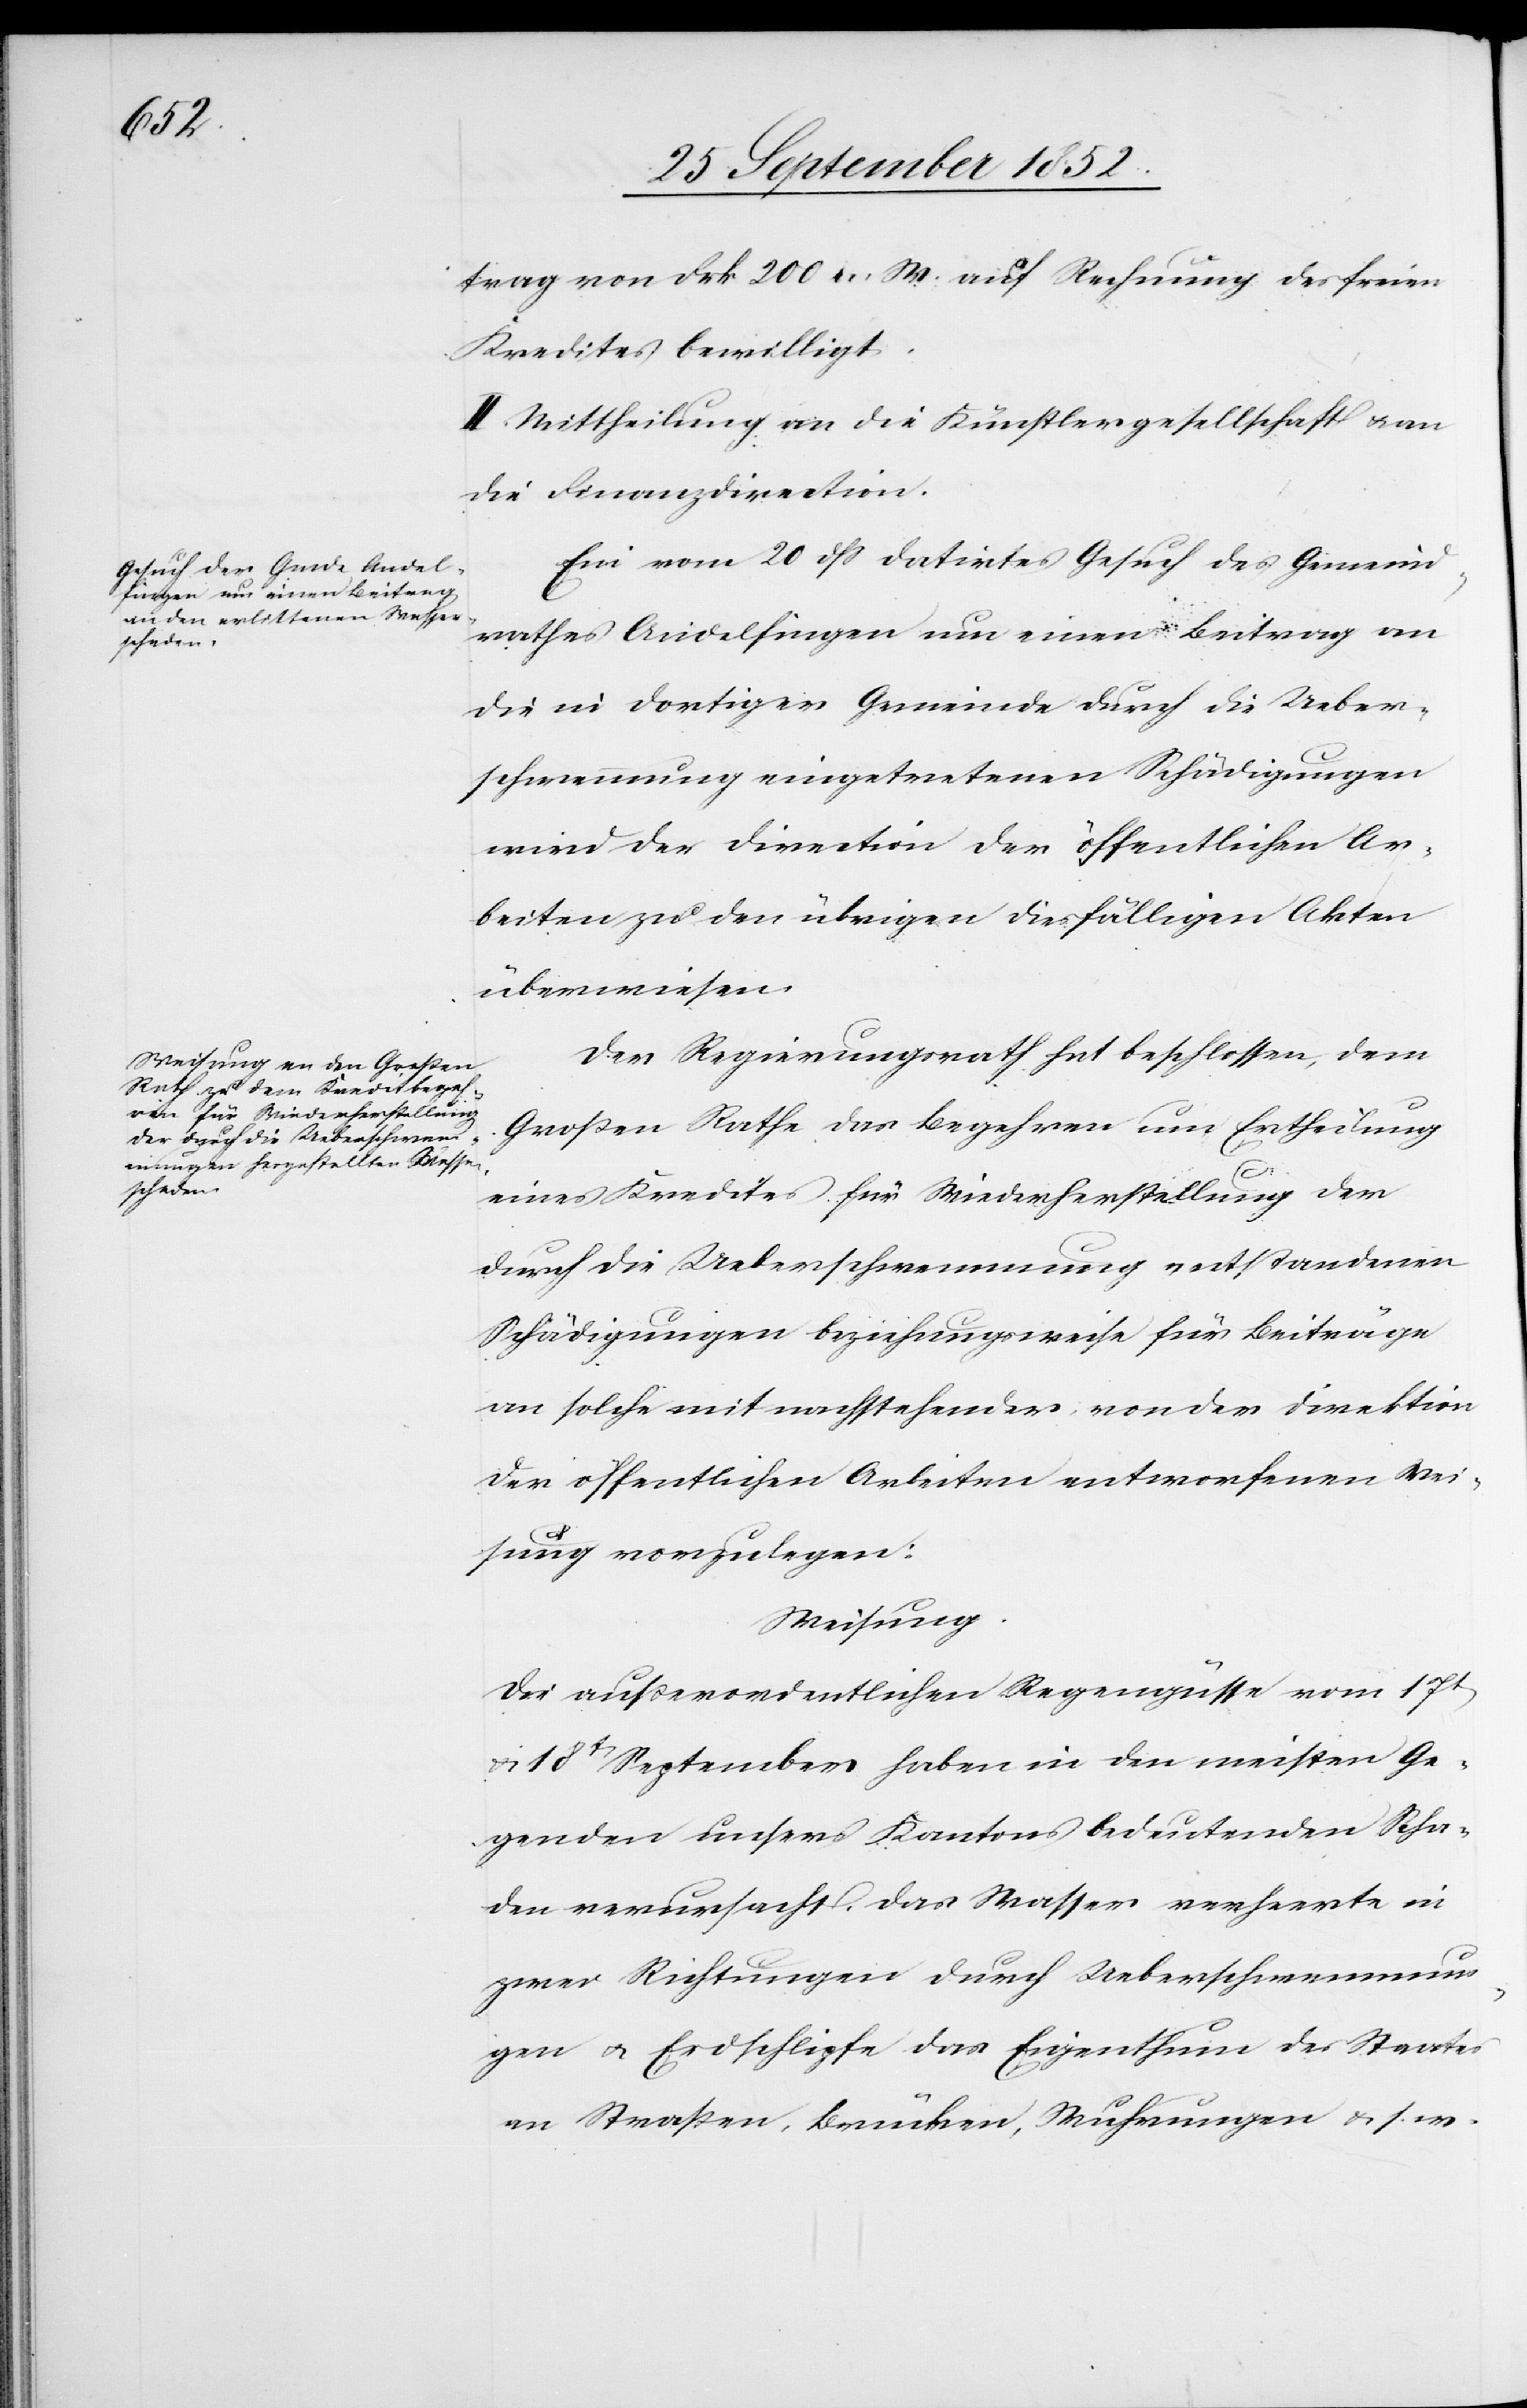
trag von Frk 200 n. W. auf Rechnung des freien
Kredites bewilligt.
II. Mittheilung an die Künstlergesellschaft & an
die Finanzdirection.
Ein vom 20 dss datirtes Gesuch des Gemeind¬
rathes Andelfingen um einen Beitrag an
die in dortiger Gemeinde durch die Ueber¬
schwemmung eingetretenen Schädigungen
wird der Direction der öffentlichen Ar¬
beiten zu den übrigen diesfälligen Akten
überwiesen.
Der Regierungsrath hat beschlossen, dem
Großen Rathe das Begehren um Ertheilung
eines Kredites für Wiederherstellung der
durch die Ueberschwemmung entstandenen
Schädigungen beziehungsweise für Beiträge
an solche mit nachstehender, von der Direktion
der öffentlichen Arbeiten entworfenen Wei¬
sung vorzulegen:
Weisung.
Die außerordentlichen Regengüsse vom 17t
& 18t September haben in den meisten Ge¬
genden unsers Kantons bedeutenden Scha¬
den verursacht. Das Wasser verheerte in
zwei Richtungen durch Ueberschwemmun¬
gen & Erdschlipfe das Eigenthum des Staates
an Straßen, Brücken, Wuhrungen & s. w.